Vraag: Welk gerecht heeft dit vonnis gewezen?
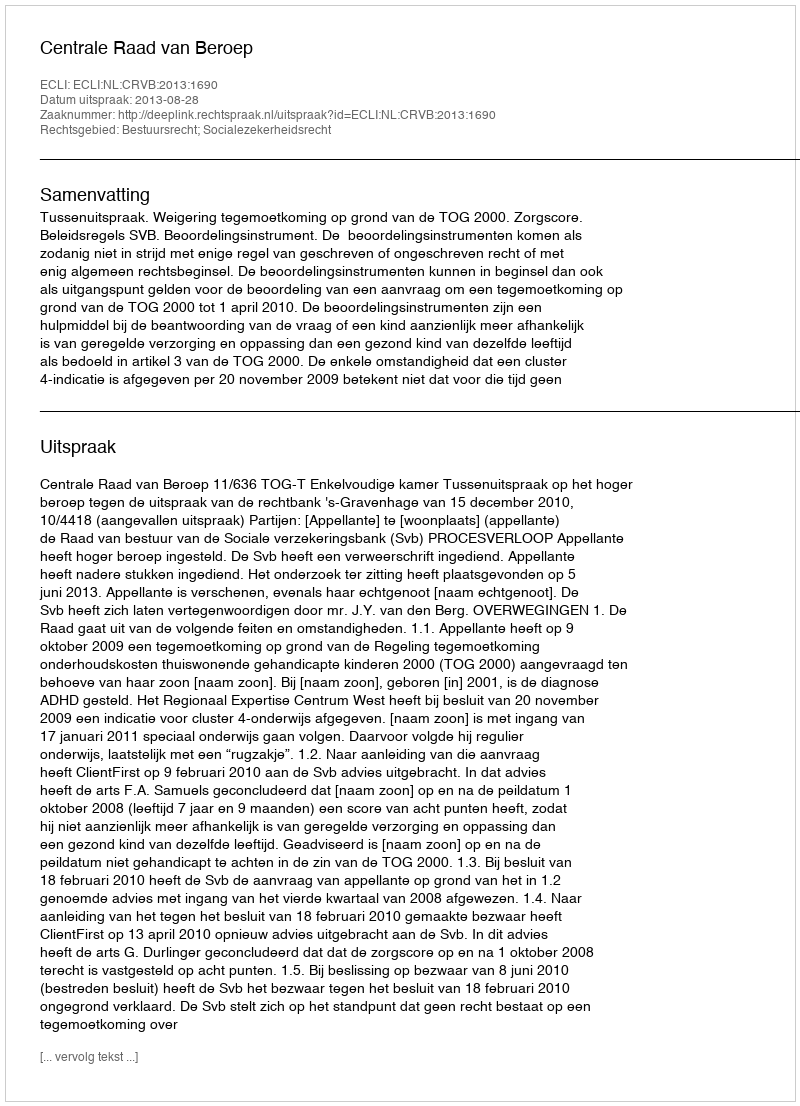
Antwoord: Centrale Raad van Beroep